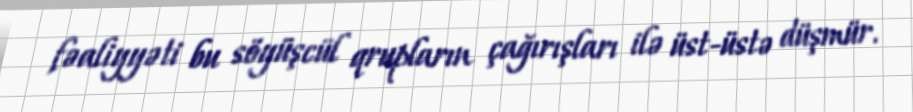
fəaliyyəti bu söyüşcül qrupların çağırışları ilə üst-üstə düşmür.